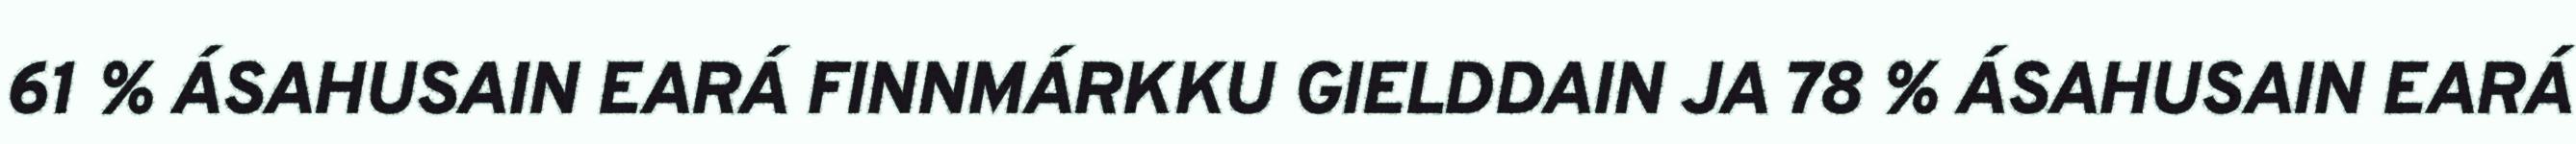
61 % ÁSAHUSAIN EARÁ FINNMÁRKKU GIELDDAIN JA 78 % ÁSAHUSAIN EARÁ